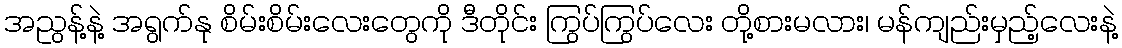
အညွန့်နဲ့ အရွက်နု စိမ်းစိမ်းလေးတွေကို ဒီတိုင်း ကြွပ်ကြွပ်လေး တို့စားမလား၊ မန်ကျည်းမှည့်လေးနဲ့